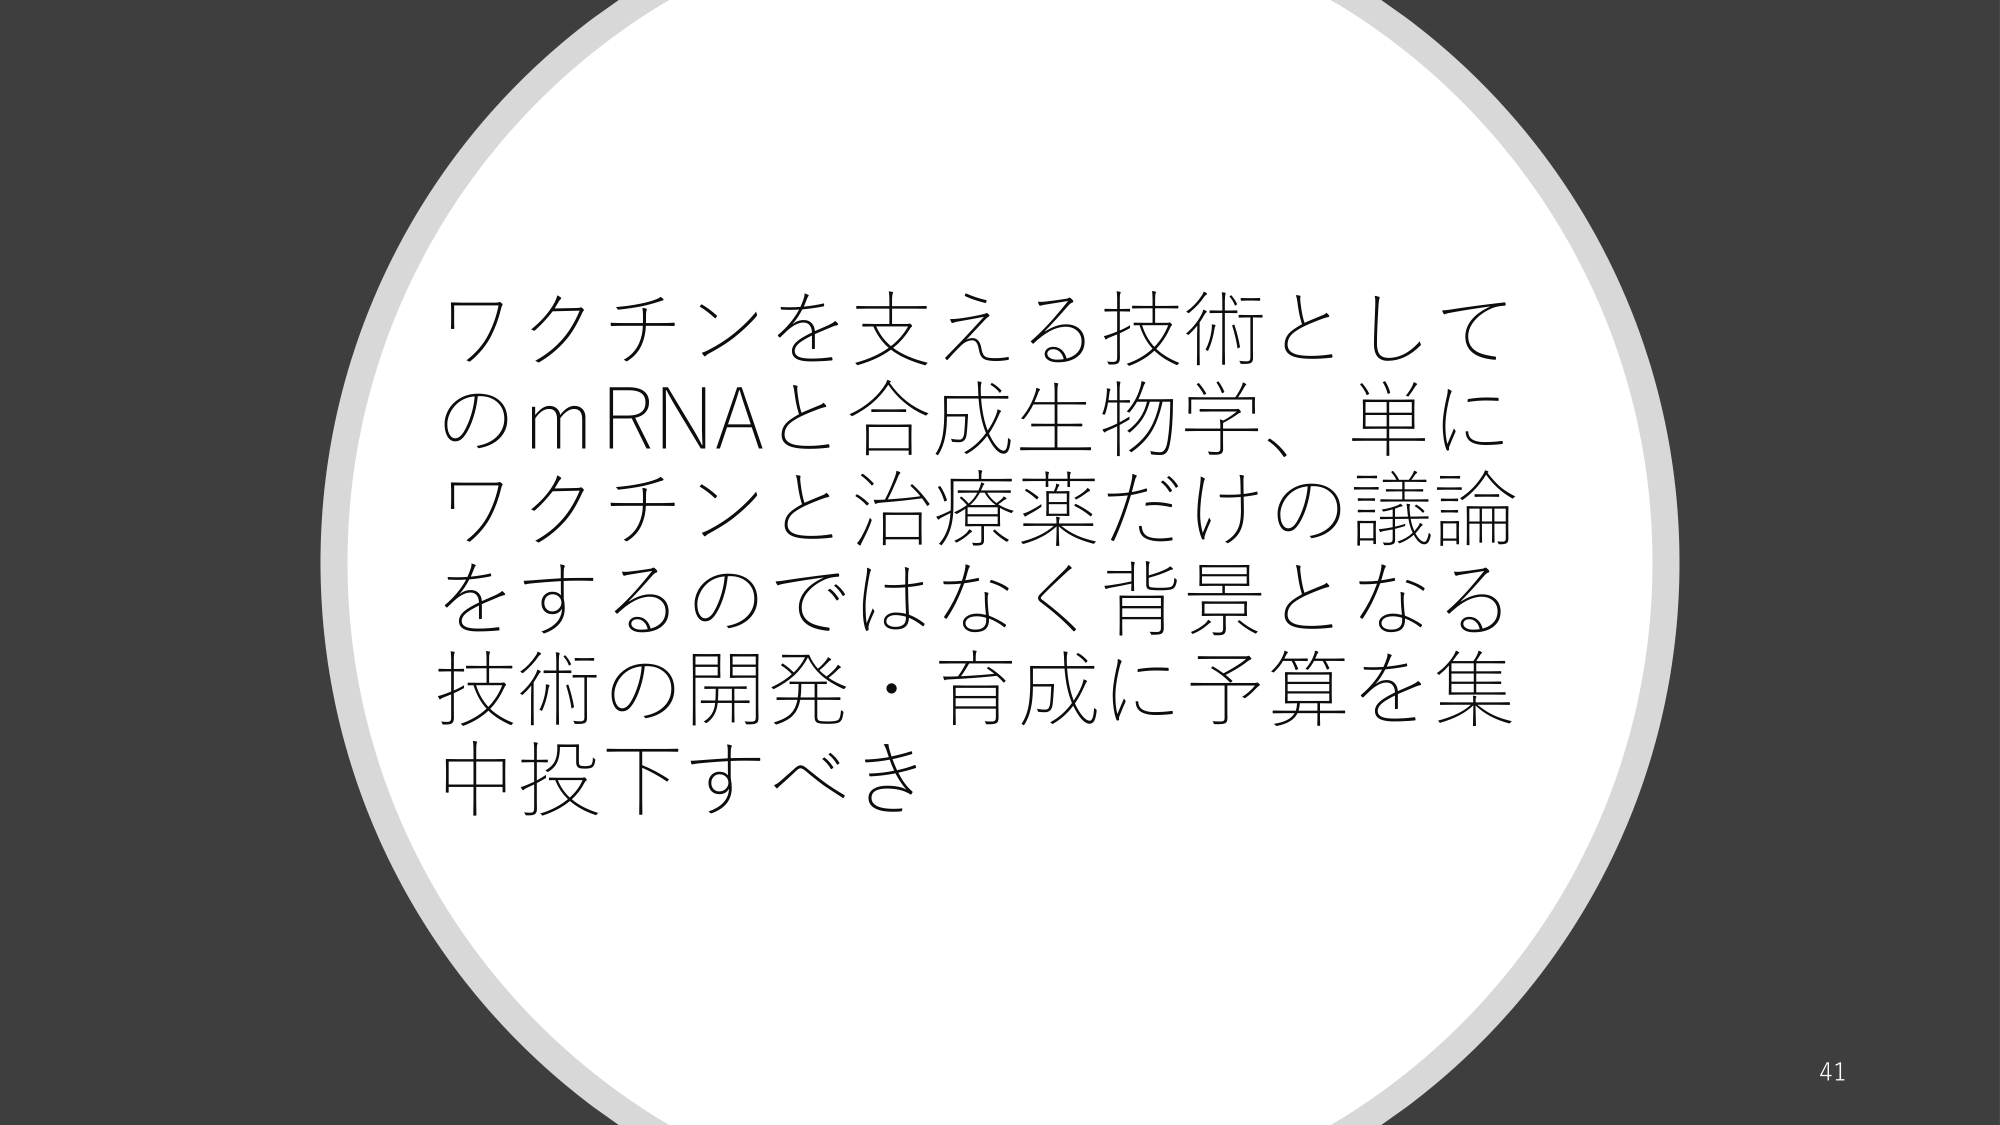
ワクチンを支える技術として
のmRNAと合成生物学、単に
ワクチンと治療薬だけの議論
をするのではなく背景となる
技術の開発・育成に予算を集
中投下すべき

41